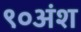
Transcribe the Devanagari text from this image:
९०अंश